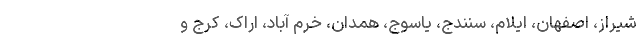
شیراز، اصفهان، ایلام، سنندج، یاسوج، همدان، خرم آباد، اراک، کرج و